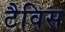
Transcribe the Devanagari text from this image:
टैविस